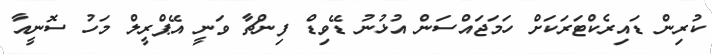
ކުރިން ޑައިރެކްޓަރަކަށް ހަމަޖައްސަން އުޅުނު ޑޭވިޑް ފިންޗާ ވަނީ އޭޕްރީލް މަހު ސޮނީއާ